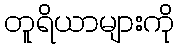
တူရိယာများကို